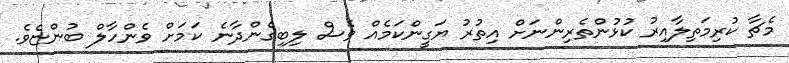
މެޗާ ކުރިމަތިލާއިރު ކުޅުންތެރިންނަށް އިތުރު ޔަގީންކަމެއް ވެސް ލިބިގެންދާނެ ކަމަށް ވެންހާލް ބުންޏެވެ.